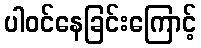
ပါဝင်နေခြင်းကြောင့်